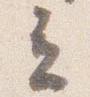
立